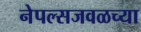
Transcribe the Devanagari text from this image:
नेपल्सजवळच्या